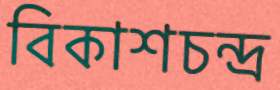
বিকাশচন্দ্র